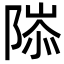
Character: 䧙